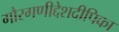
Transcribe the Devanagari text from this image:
गौरगणीद्देशदीपिका